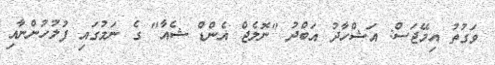
ވަގުތު އިމޭޖަސް: އަޝްހާދު އަބްދު "ނޮލެޖް އެންޑް ޝެއާ" ގެ ނަމުގައި ފުލުހުންނާއި